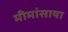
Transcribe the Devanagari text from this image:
मीमांसाया